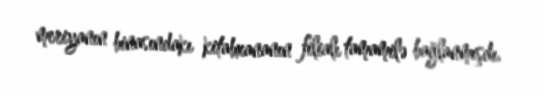
meriyanın binasındakı kitabxananın filialı tamamilə bağlanmışdı.